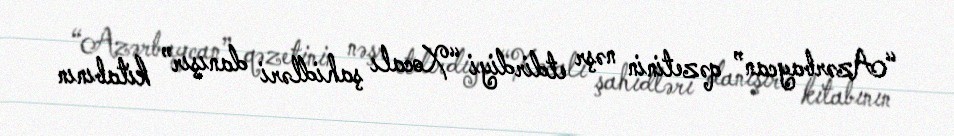
“Azərbaycan” qəzetinin nəşr etdirdiyi “Xocalı şahidləri danışır” kitabının